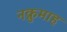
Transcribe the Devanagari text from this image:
नक्रुमाह